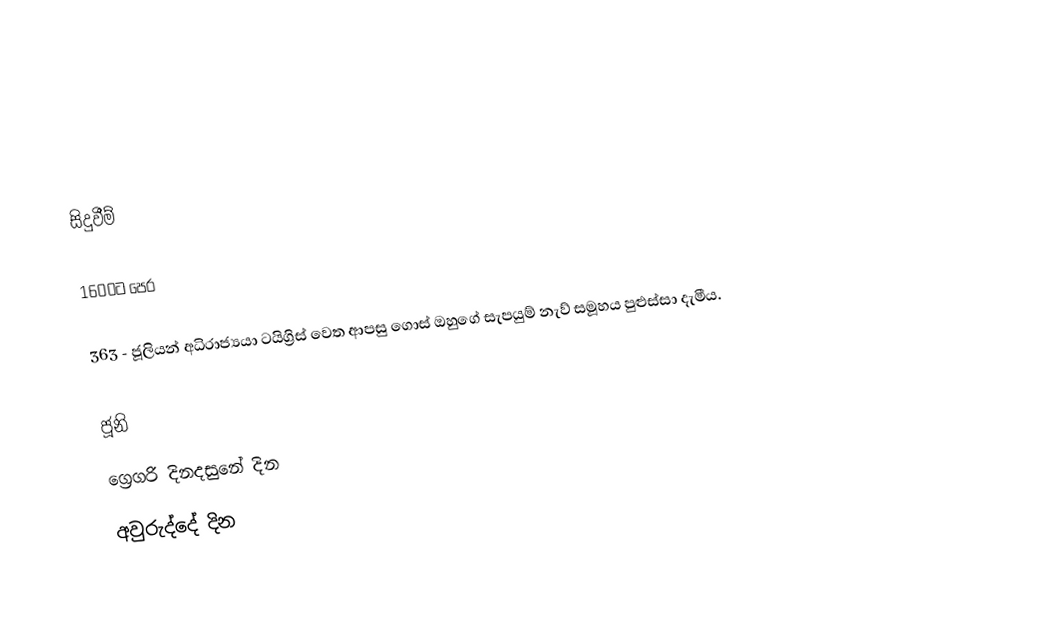

සිදුවීම්

1600ට පෙර

 363 - ජූලියන් අධිරාජ්‍යයා ටයිග්‍රිස් වෙත ආපසු ගොස් ඔහුගේ සැපයුම් නැව් සමූහය පුළුස්සා දැමීය.

ජූනි
ග්‍රෙගරි දිනදසුනේ දින
අවුරුද්දේ දින